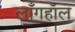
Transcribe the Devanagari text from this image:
लाँगहॉल